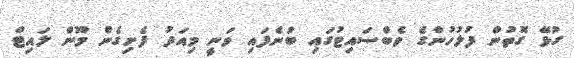
ގުޅޭ ގޮތުން ފުލުހުންގެ ވެބްސައިޓުގައި ބުނެފައި ވަނީ މިއަދު ފެށިގެން މޫން ލައިޓް